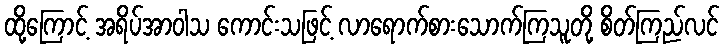
ထို့ကြောင့် အရိပ်အာဝါသ ကောင်းသဖြင့် လာရောက်စားသောက်ကြသူတို့ စိတ်ကြည်လင်